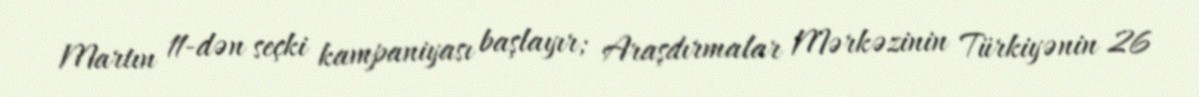
Martın 11-dən seçki kampaniyası başlayır; Araşdırmalar Mərkəzinin Türkiyənin 26